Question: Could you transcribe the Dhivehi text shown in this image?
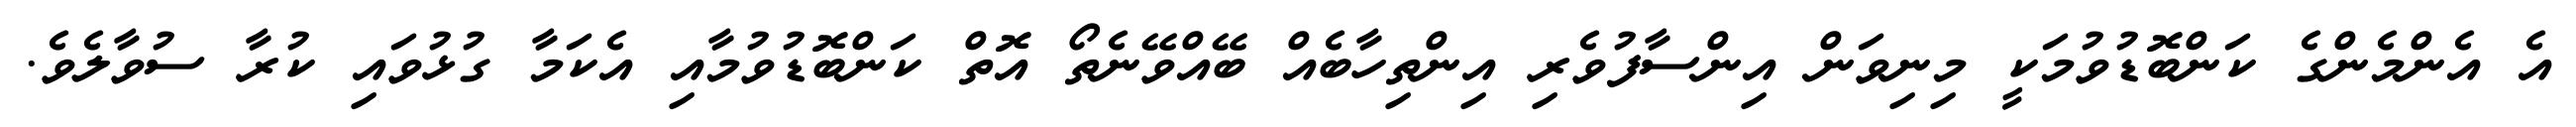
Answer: އެ އެންމެންގެ ކަންބޮޑުވުމަކީ މިނިވަން އިންސާފުވެރި އިންތިހާބެއް ބޭއްވޭނެތޯ އޮތް ކަންބޮޑުވުމާއި އެކަމާ ގުޅުވައި ކުރާ ސުވާލެވެ.